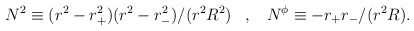
\begin{align*}N^{2}\equiv (r^2-r_{+}^2)(r^2-r_{-}^2)/(r^2 R^2)\;\;\; , \;\;\;N^{\phi}\equiv -r_{+}r_{-}/(r^2 R).\end{align*}